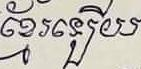
ខ្មែរឡើយ